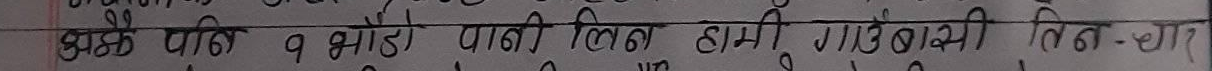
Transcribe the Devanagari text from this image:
झक्क पारी १ भाडो पानी लिई हामी गाउँ बासी तिन-चार